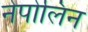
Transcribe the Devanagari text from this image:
नेपोलिन